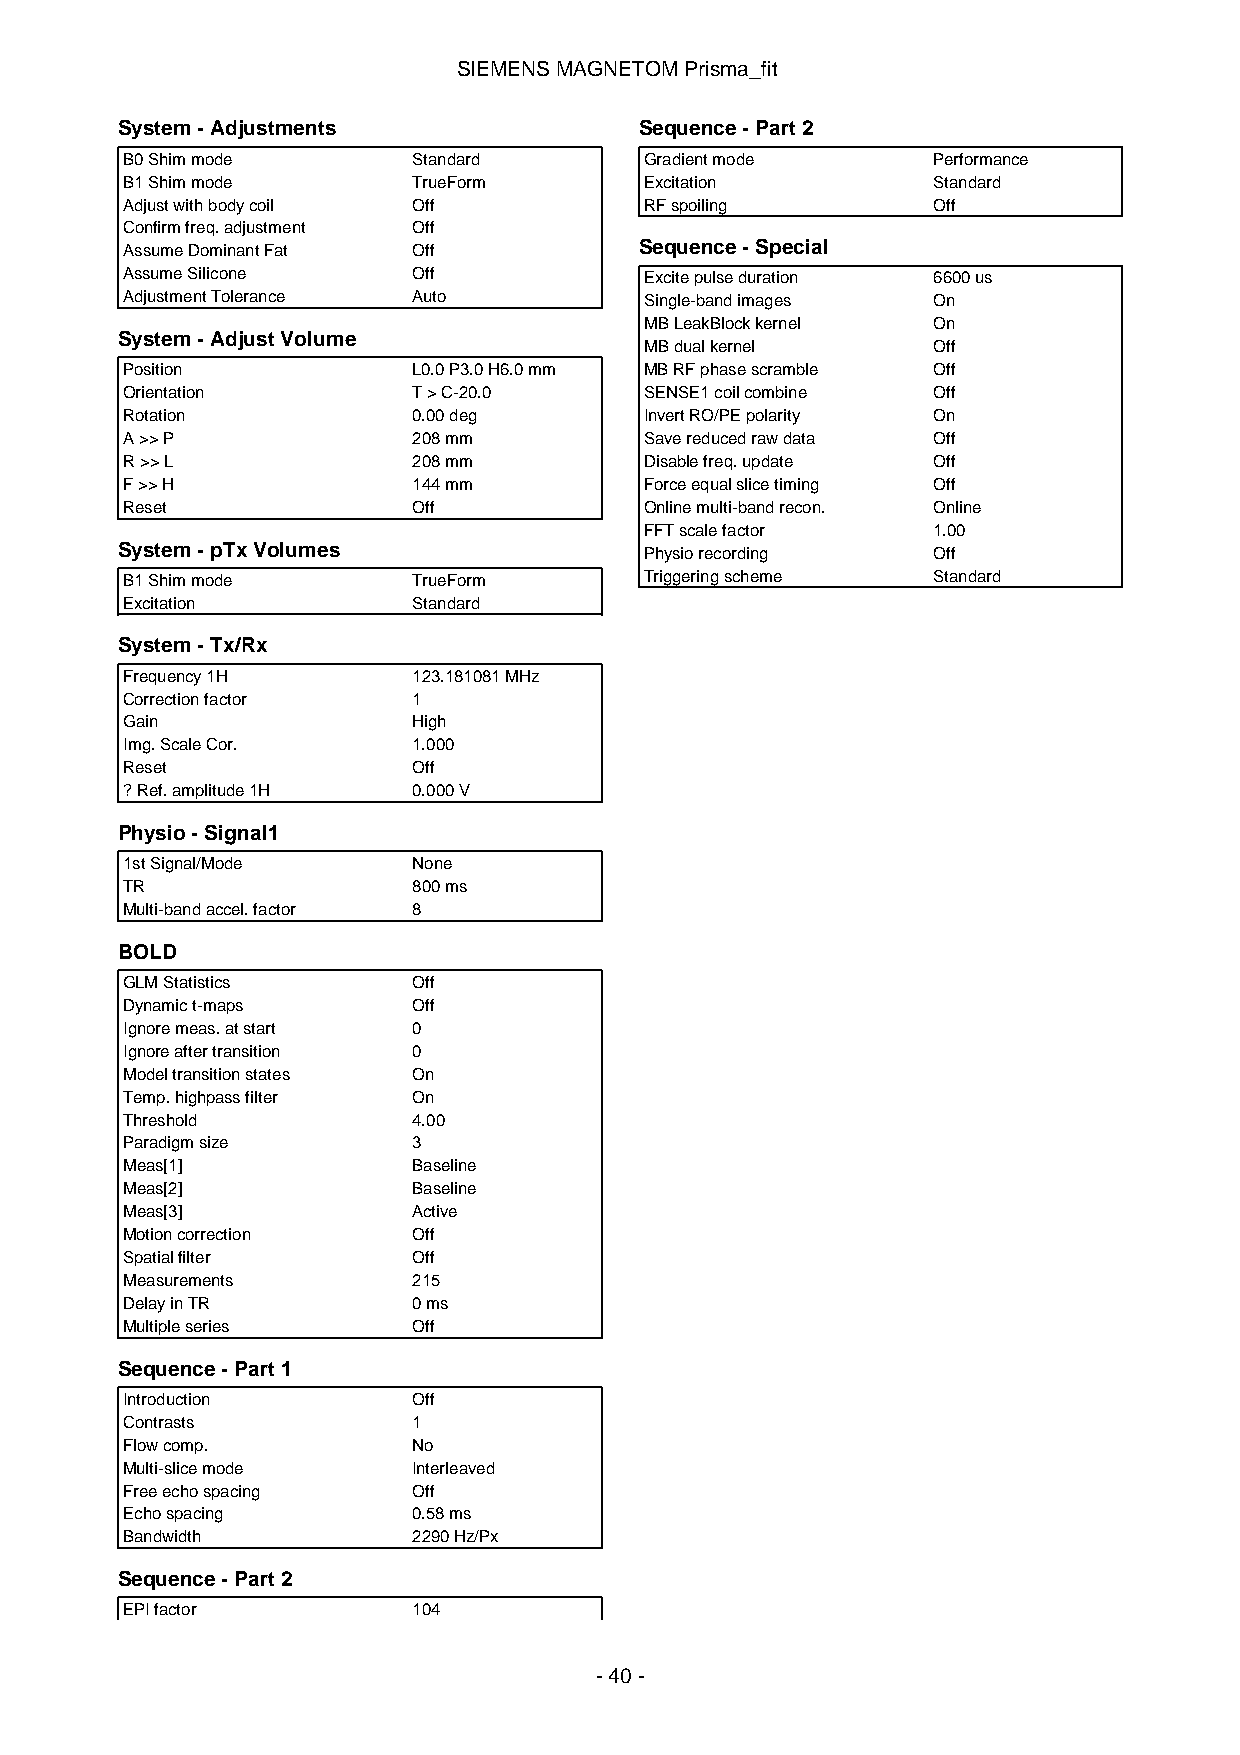
SIEMENSMAGNETOMPrisma_fit
 System-Adjustments                Sequence-Part2
 B0Shimmode         Standard        Gradientmode       Performance
 B1Shimmode         TrueForm        Excitation         Standard
 Adjustwithbodycoil Off             RFspoiling         Off
 Confirmfreq.adjustment Off
 AssumeDominantFat  Off            Sequence-Special
 AssumeSilicone     Off             Excitepulseduration 6600us
 AdjustmentTolerance Auto           Single-bandimages  On
 MBLeakBlockkernel  On
 System-AdjustVolume
 MBdualkernel       Off
 Position           L0.0P3.0H6.0mm  MBRFphasescramble  Off
 Orientation        T>C-20.0        SENSE1coilcombine  Off
 Rotation           0.00deg         InvertRO/PEpolarity On
 A>>P               208mm           Savereducedrawdata Off
 R>>L               208mm           Disablefreq.update Off
 F>>H               144mm           Forceequalslicetiming Off
 Reset              Off             Onlinemulti-bandrecon. Online
 FFTscalefactor     1.00
 System-pTxVolumes                  Physiorecording    Off
 B1Shimmode         TrueForm        Triggeringscheme   Standard
 Excitation         Standard
 System-Tx/Rx
 Frequency1H        123.181081MHz
 Correctionfactor   1
 Gain               High
 Img.ScaleCor.      1.000
 Reset              Off
 ?Ref.amplitude1H   0.000V
 Physio-Signal1
 1stSignal/Mode     None
 TR                 800ms
 Multi-bandaccel.factor 8
 BOLD
 GLMStatistics      Off
 Dynamict-maps      Off
 Ignoremeas.atstart 0
 Ignoreaftertransition 0
 Modeltransitionstates On
 Temp.highpassfilter On
 Threshold          4.00
 Paradigmsize       3
 Meas[1]            Baseline
 Meas[2]            Baseline
 Meas[3]            Active
 Motioncorrection   Off
 Spatialfilter      Off
 Measurements       215
 DelayinTR          0ms
 Multipleseries     Off
 Sequence-Part1
 Introduction       Off
 Contrasts          1
 Flowcomp.          No
 Multi-slicemode    Interleaved
 Freeechospacing    Off
 Echospacing        0.58ms
 Bandwidth          2290Hz/Px
 Sequence-Part2
 EPIfactor          104
 -40-